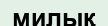
милық